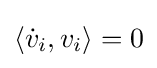
{\textstyle \langle {\dot {v}}_{i},v_{i}\rangle =0}